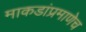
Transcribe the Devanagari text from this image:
माकडांप्रमाणेच